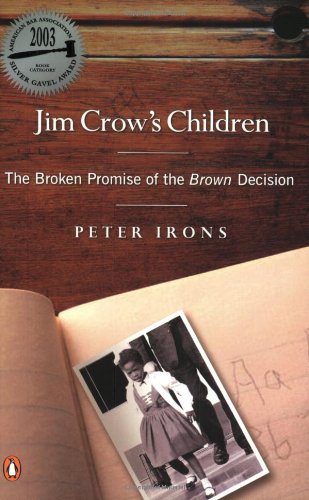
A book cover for Jim Crow's Children: The Broken Promise of the Brown Decision; Peter Irons; Law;